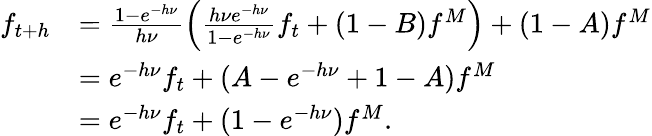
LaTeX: \begin{array}{rl}{f_{t+h}}&{=\frac{1-e^{-h\nu}}{h\nu}\left(\frac{h\nu e^{-h\nu}}{1-e^{-h\nu}}f_{t}+(1-B)f^{M}\right)+(1-A)f^{M}}\\ &{=e^{-h\nu}f_{t}+(A-e^{-h\nu}+1-A)f^{M}}\\ &{=e^{-h\nu}f_{t}+(1-e^{-h\nu})f^{M}.}\end{array}